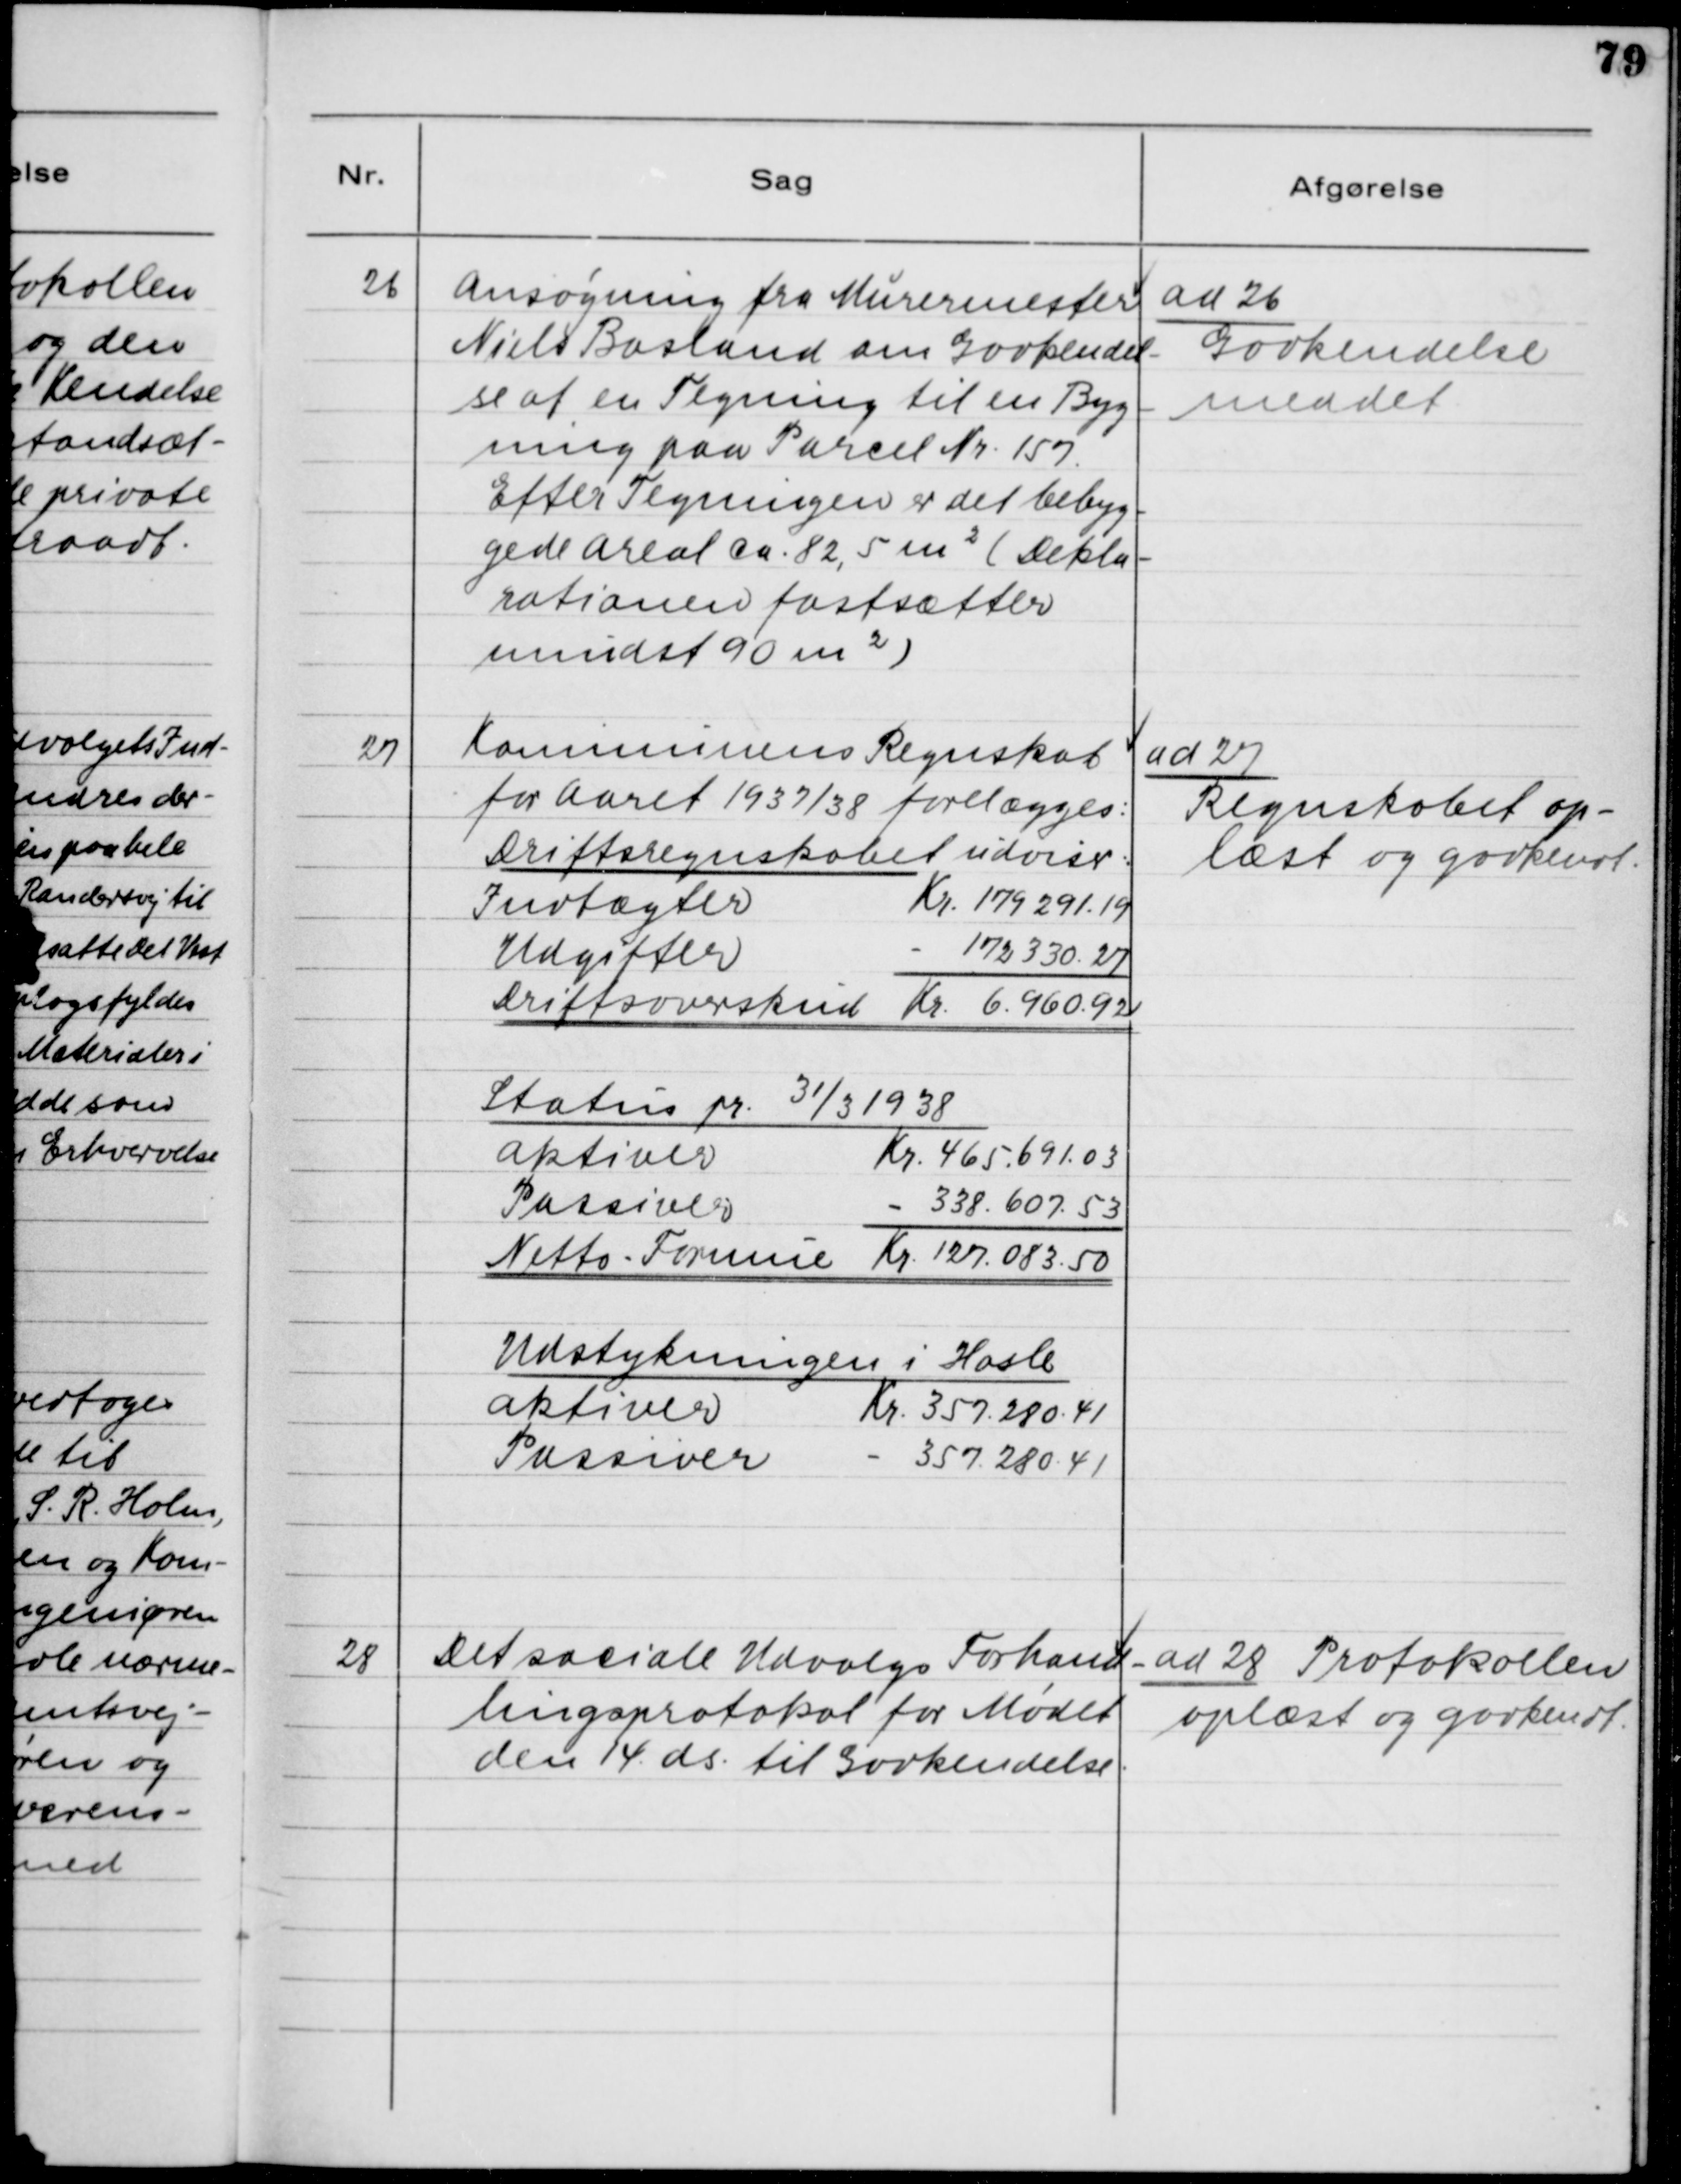
Transskription:
Ansøgning fra Murermeter
Niels Bosland om Godkendel-
se af en Tegning til en Byg-
ning paa Parcel Nr. 157.
Efter Tegningen er det bebyg-
gede Areal Ca. 82,5 m2 (Dekla-
rationen fastsætter
mindst 90 m2)

ad 26.
Godkendelse
meddet

27 Kommunens Regnskab
for Aaret 1937/38 forelægges:
Driftsregnskabet udviser:

ad 27.
Regnskabet op-
læst og godkendt

28 Det sociale Udvalgs Forhand-
lingsprotokol for Mødet
den 14. ds. til Godkendelse.

ad 28. Protokollen
oplæst og godkendt.